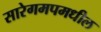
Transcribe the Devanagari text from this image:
सारेगमपमधील